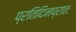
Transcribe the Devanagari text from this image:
प्रतिदिनप्रातः